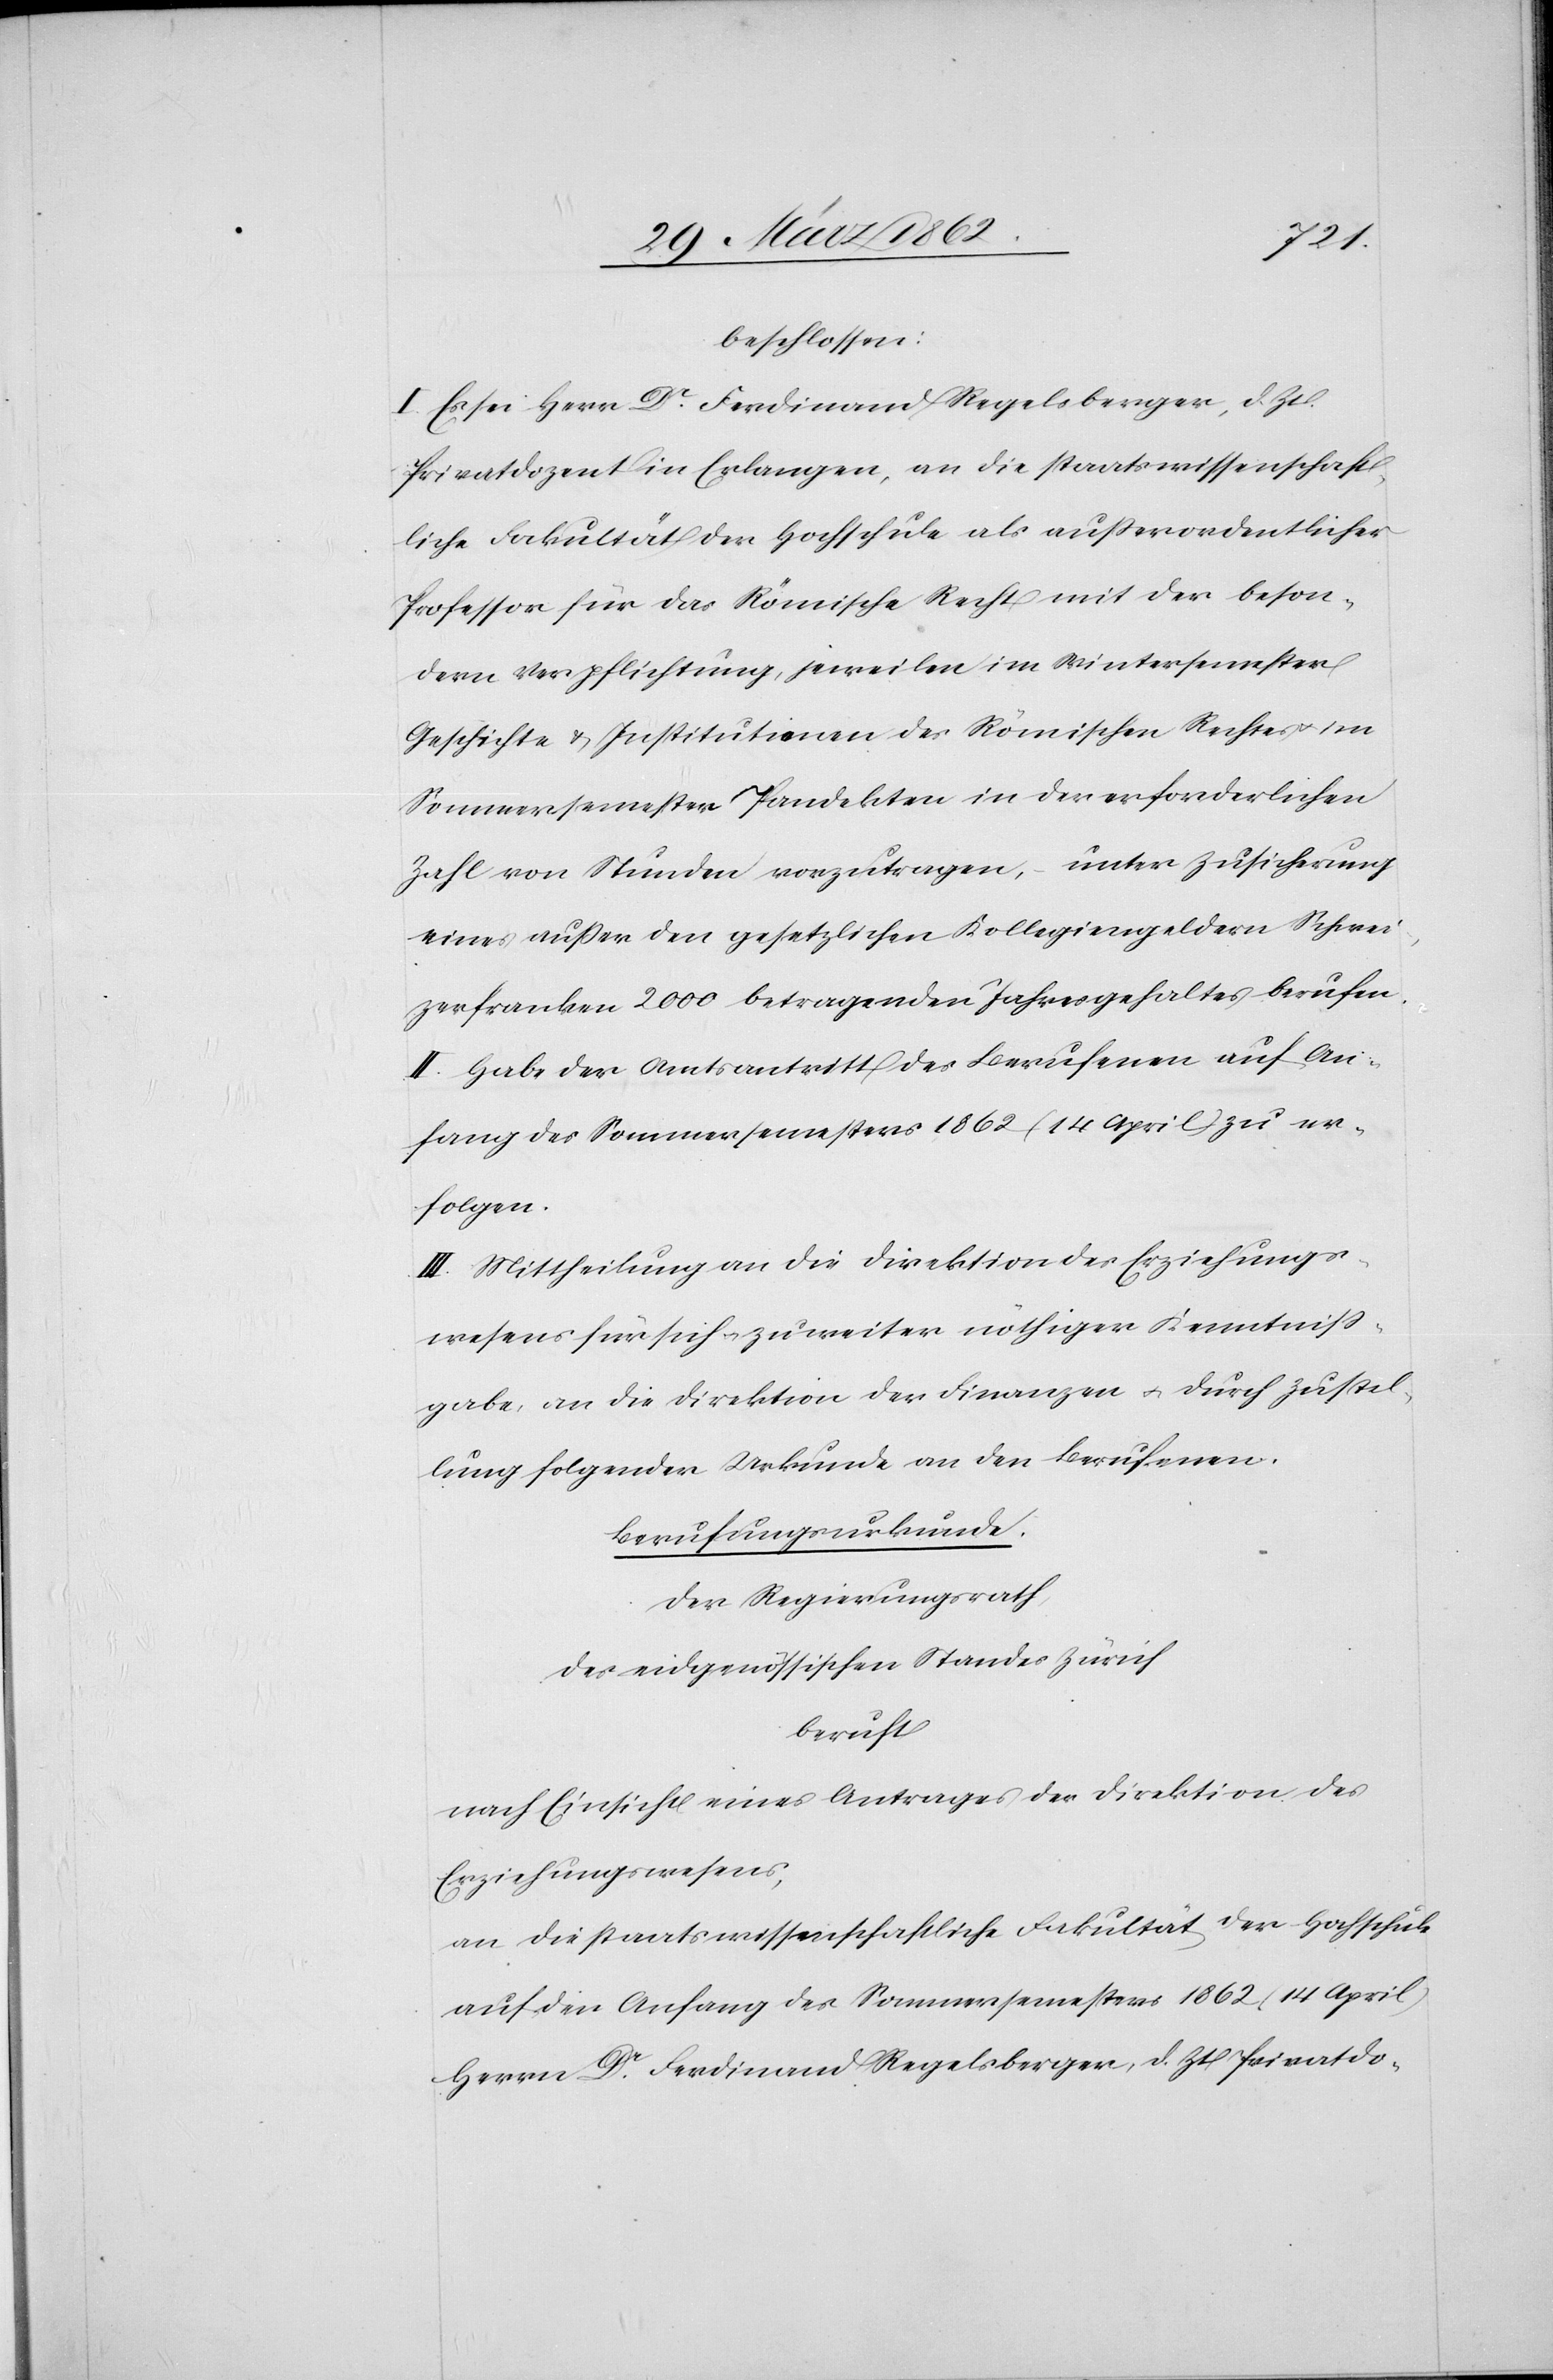
beschlossen:
I. Es sei Herr Dr. Ferdinand Regelsberger, d. Zt.
Privatdozent in Erlangen, an die staatswissenschaft¬
liche Fakultät der Hochschule als außerordentlicher
Professor für das Römische Recht mit der beson¬
dern Verpflichtung, jeweilen im Wintersemester
Geschichte & Institutionen des Römischen Rechtes u.
Sommersemester Pandekten in der erforderlichen
Zahl von Stunden vorzutragen, unter Zusicherung
eines außer den gesetzlichen Kollegiengeldern Schwei¬
zerfranken 2000 betragenden Jahresgehaltes berufen.
II. Habe der Amtsantritt des Berufenen auf An¬
fang des Sommersemesters 1862 (14 April) zu er¬
folgen.
III. Mittheilung an die Direktion des Erziehungs¬
wesens für sich u. zu weiter nöthiger Kenntniß¬
gabe, an die Direktion der Finanzen u. durch Zustel¬
lung folgender Urkunde an den Berufenen.
Berufungsurkunde.
Der Regierungsrath
des eidgenössischen Standes Zürich
beruft
nach Einsicht eines Antrages der Direktion des
Erziehungswesens,
an die staatswissenschaftliche Fakultät der Hochschule
auf den Anfang des Sommersemesters 1862 (14 April)
Herrn Dr. Ferdinand Regelsberger, d. Zt Privatdo-